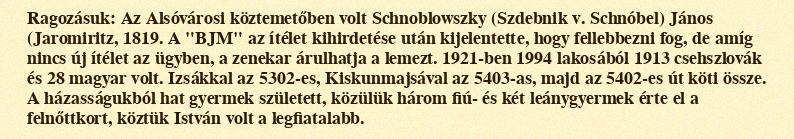
Ragozásuk: Az Alsóvárosi köztemetőben volt Schnoblowszky (Szdebnik v. Schnóbel) János (Jaromiritz, 1819. A "BJM" az ítélet kihirdetése után kijelentette, hogy fellebbezni fog, de amíg nincs új ítélet az ügyben, a zenekar árulhatja a lemezt. 1921-ben 1994 lakosából 1913 csehszlovák és 28 magyar volt. Izsákkal az 5302-es, Kiskunmajsával az 5403-as, majd az 5402-es út köti össze. A házasságukból hat gyermek született, közülük három fiú- és két leánygyermek érte el a felnőttkort, köztük István volt a legfiatalabb.